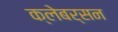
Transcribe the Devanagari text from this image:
क्लेबर्सन